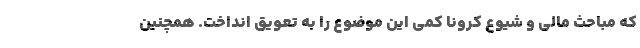
که مباحث مالی و شیوع کرونا کمی این موضوع را به تعویق انداخت. همچنین